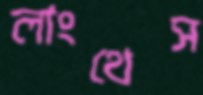
লাংথেস